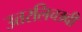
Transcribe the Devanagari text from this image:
उत्तरलिच्छवी